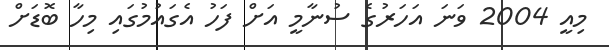
މިއީ 2004 ވަނަ އަހަރުގެ ސުނާމީ އަށް ފަހު އެގައުމުގައި މިހާ ބޮޑަށް